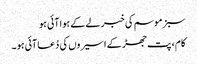
سبز موسم کی خبر لے کے ہوا آئی ہو
کام ، پت جھڑ کے اسیروں کی دُعا آئی ہو ۔